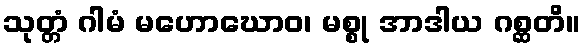
သုတ္တံ ဂါမံ မဟောဃောဝ၊ မစ္စု အာဒါယ ဂစ္ဆတိ။